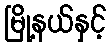
မြို့နယ်နှင့်